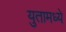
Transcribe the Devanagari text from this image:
युतामध्ये